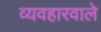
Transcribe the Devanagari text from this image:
व्यवहारवाले